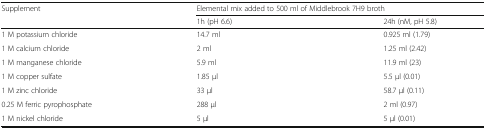
| <ROWSPAN=2> Supplement | <COLSPAN=2> Elemental mix added to 500 ml of Middlebrook 7H9 broth |
 | 1h (pH 6.6) | 24h (nM, pH 5.8) |
 | --- | --- | --- |
 | 1 M potassium chloride | 14.7 ml | 0.925 ml (1.79) |
 | 1 M calcium chloride | 2 ml | 1.25 ml (2.42) |
 | 1 M manganese chloride | 5.9 ml | 11.9 ml (23) |
 | 1 M copper sulfate | 1.85 μl | 5.5 μl (0.01) |
 | 1 M zinc chloride | 33 μl | 58.7 μl (0.11) |
 | 0.25 M ferric pyrophosphate | 288 μl | 2 ml (0.97) |
 | 1 M nickel chloride | 5 μl | 5 μl (0.01) |